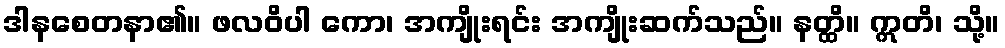
ဒါနစေတနာ၏။ ဖလဝိပါ ကော၊ အကျိုးရင်း အကျိုးဆက်သည်။ နတ္ထိ။ ဣတိ၊ သို့။